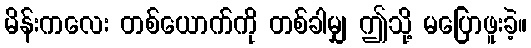
မိန်းကလေး တစ်ယောက်ကို တစ်ခါမျှ ဤသို့ မပြောဖူးခဲ့။